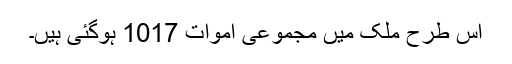
اس طرح ملک میں مجموعی اموات 1017 ہوگئی ہیں۔